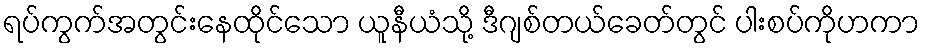
ရပ်ကွက်အတွင်းနေထိုင်သော ယူနီယံသို့ ဒီဂျစ်တယ်ခေတ်တွင် ပါးစပ်ကိုဟကာ